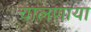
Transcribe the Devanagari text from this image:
चालणाया